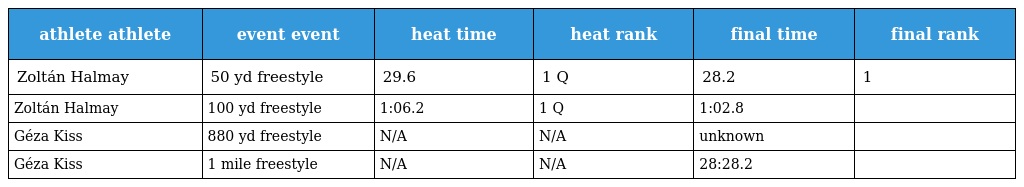
| athlete athlete | event event | heat time | heat rank | final time | final rank |
 | --- | --- | --- | --- | --- | --- |
 | Zoltán Halmay | 50 yd freestyle | 29.6 | 1 Q | 28.2 | 1 |
 | Zoltán Halmay | 100 yd freestyle | 1:06.2 | 1 Q | 1:02.8 |  |
 | Géza Kiss | 880 yd freestyle | N/A | N/A | unknown |  |
 | Géza Kiss | 1 mile freestyle | N/A | N/A | 28:28.2 |  |